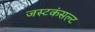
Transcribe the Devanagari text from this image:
जस्टकंसल्ट